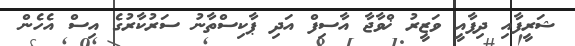
ޝަރީފާއި ދިފާއީ ވަޒީރު ޚްވާޖާ އާސިފް އަދި ޕާކިސްތާނު ސަރުކާރުގެ އިސް އެހެން